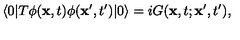
\langle 0 | T \phi ( { \bf x } , t ) \phi ( { \bf x ^ { \prime } } , t ^ { \prime } ) | 0 \rangle = i G ( { \bf x } , t ; { \bf x } ^ { \prime } , t ^ { \prime } ) ,